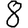
Digit: 8